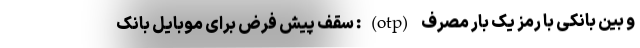
و بین بانکی با رمز یک بار مصرف (otp): سقف پیش فرض برای موبایل بانک